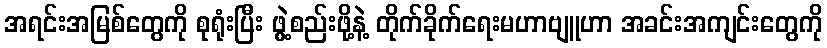
အရင်းအမြစ်တွေကို စုရုံးပြီး ဖွဲ့စည်းဖို့နဲ့ တိုက်ခိုက်ရေးမဟာဗျူဟာ အခင်းအကျင်းတွေကို